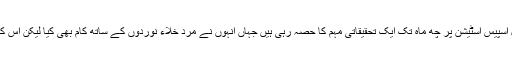
واضح رہے کہ خاتون خلاء نورد کیرن نیبرگ ناسا کے انٹر نیشنل اسپیس اسٹیشن پر چھ ماہ تک ایک تحقیقاتی مہم کا حصہ رہی ہیں جہاں انہوں نے مرد خلاء نوردوں کے ساتھ کام بھی کیا لیکن اس کے باوجود تاحال کسی خاتون خلاء نورد کو چاند پر نہیں بھیجا گیا۔